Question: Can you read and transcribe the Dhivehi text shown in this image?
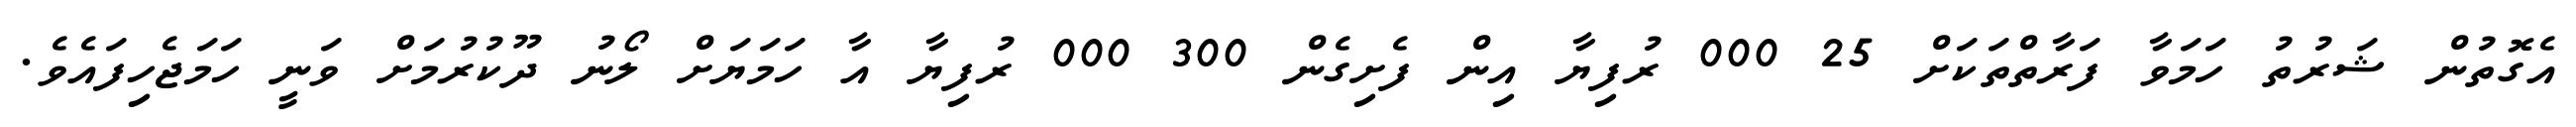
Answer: އެގޮތުން ޝަރުތު ހަމަވާ ފަރާތްތަކަށް 25 000 ރުފިޔާ އިން ފެށިގެން 300 000 ރުފިޔާ އާ ހަމަޔަށް ލޯނު ދޫކުރުމަށް ވަނީ ހަމަޖެހިފައެވެ.